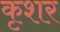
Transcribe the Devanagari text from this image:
कृशर